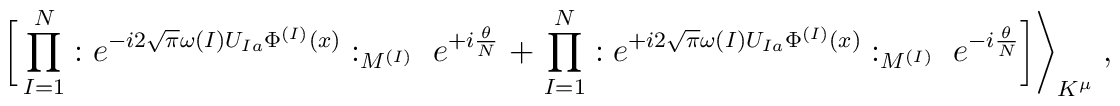
\bigg[ \prod_{I=1}^N: e^{- i 2 \sqrt{\pi} \omega{(I)} U_{I a} \Phi^{(I)}(x)}:_{M^{(I)}} \; e^{+ i \frac{\theta}{N}} \; + \; \prod_{I=1}^N: e^{+ i 2 \sqrt{\pi} \omega{(I)} U_{I a} \Phi^{(I)}(x)}:_{M^{(I)}} \; e^{- i \frac{\theta}{N}} \bigg] \Bigg\rangle_{K^\mu} \; ,